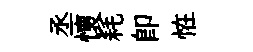
丞懷耗卽恠